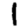
Digit: 1